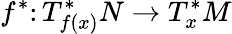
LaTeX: f^{*}\colon T_{f(x)}^{*}N\to T_{x}^{*}M